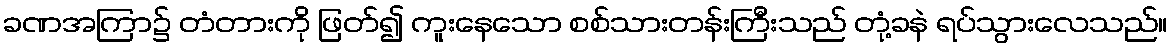
ခဏအကြာ၌ တံတားကို ဖြတ်၍ ကူးနေသော စစ်သားတန်းကြီးသည် တုံ့ခနဲ ရပ်သွားလေသည်။